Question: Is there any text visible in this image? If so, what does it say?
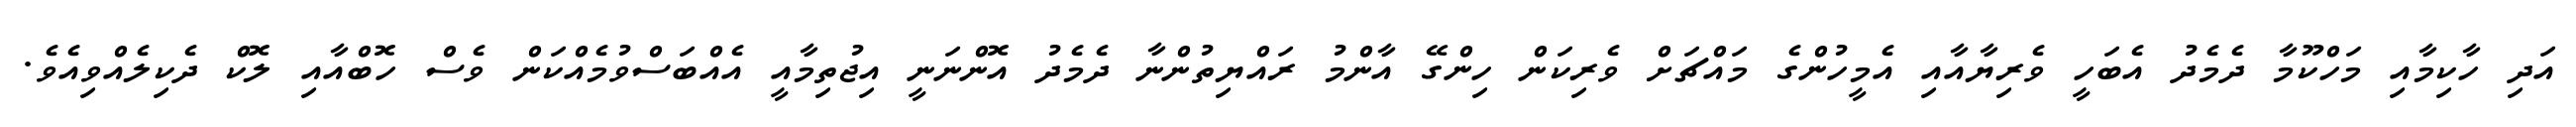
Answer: އަދި ހާކިމާއި މަހްކޫމާ ދެމެދު އެބަހީ ވެރިޔާއާއި އެމީހުންގެ މައްޗަށް ވެރިކަން ހިންގޭ އާންމު ރައްޔިތުންނާ ދެމެދު އޮންނަނީ އިޖުތިމާއީ އެއްބަސްވުމެއްކަން ވެސް ހޮބްއާއި ލޮކް ދެކިލެއްވިއެވެ.